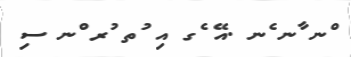
ްނ ާނ ެނ .އޭ ެގ އި ުތ ުރ ްނ ސި